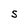
Character: S